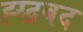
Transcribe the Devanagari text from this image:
ह्य्द्रबद